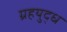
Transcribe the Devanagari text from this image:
ग्रहयुद्ध